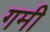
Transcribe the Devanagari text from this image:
गमी